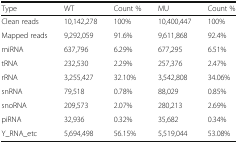
<table><thead><tr><td><b>Type</b></td><td><b>WT</b></td><td><b>Count %</b></td><td><b>MU</b></td><td><b>Count %</b></td></tr></thead><tbody><tr><td>Clean reads</td><td>10,142,278</td><td>100%</td><td>10,400,447</td><td>100%</td></tr><tr><td>Mapped reads</td><td>9,292,059</td><td>91.6%</td><td>9,611,868</td><td>92.4%</td></tr><tr><td>miRNA</td><td>637,796</td><td>6.29%</td><td>677,295</td><td>6.51%</td></tr><tr><td>tRNA</td><td>232,530</td><td>2.29%</td><td>257,376</td><td>2.47%</td></tr><tr><td>rRNA</td><td>3,255,427</td><td>32.10%</td><td>3,542,808</td><td>34.06%</td></tr><tr><td>snRNA</td><td>79,518</td><td>0.78%</td><td>88,029</td><td>0.85%</td></tr><tr><td>snoRNA</td><td>209,573</td><td>2.07%</td><td>280,213</td><td>2.69%</td></tr><tr><td>piRNA</td><td>32,936</td><td>0.32%</td><td>35,682</td><td>0.34%</td></tr><tr><td>Y_RNA_etc</td><td>5,694,498</td><td>56.15%</td><td>5,519,044</td><td>53.08%</td></tr></tbody></table>